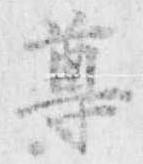
尊